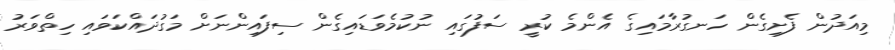
މިއަދުން ފެށިގެން ހަނގުރާމައިގެ އެންމެ ކުރީ ސަފުގައި ނުކުމެވަޑައިގެން ސިފައިންނަށް މަގުދައްކަވައި ހިތްވަރު